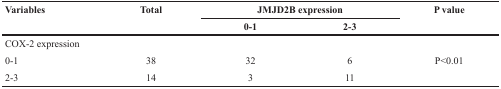
<table><thead><tr><td rowspan="2"><b>Variables</b></td><td rowspan="2"><b>Total</b></td><td colspan="2"><b>JMJD2B expression</b></td><td rowspan="2"><b>P value</b></td></tr><tr><td><b>0-1</b></td><td><b>2-3</b></td></tr></thead><tbody><tr><td>COX-2 expression</td><td></td><td></td><td></td><td></td></tr><tr><td>0-1</td><td>38</td><td>32</td><td>6</td><td>P&lt;0.01</td></tr><tr><td>2-3</td><td>14</td><td>3</td><td>11</td><td></td></tr></tbody></table>